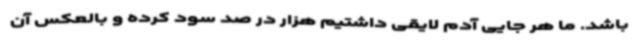
باشد. ما هر جایی آدم لایقی داشتیم هزار در صد سود کرده و بالعکس آن